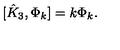
[ \hat { K } _ { 3 } , \Phi _ { k } ] = k \Phi _ { k } .